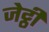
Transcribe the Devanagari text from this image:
जेट्ठी